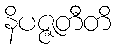
နိပဇ္ဇတီတိ